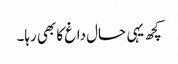
کچھ یہی حال داغ کا بھی رہا۔